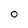
Character: 0